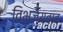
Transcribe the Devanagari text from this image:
विभज्यवाद